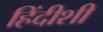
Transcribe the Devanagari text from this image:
हिंदीशी